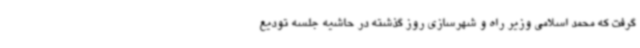
گرفت که محمد اسلامی وزیر راه و شهرسازی روز گذشته در حاشیه جلسه تودیع